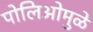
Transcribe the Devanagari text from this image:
पोलिओमुळे